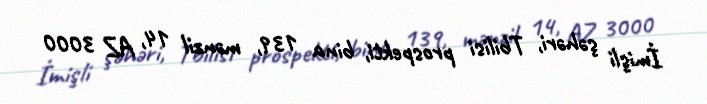
İmişli şəhəri, Tbilisi prospekti, bina 139, mənzil 14, AZ 3000